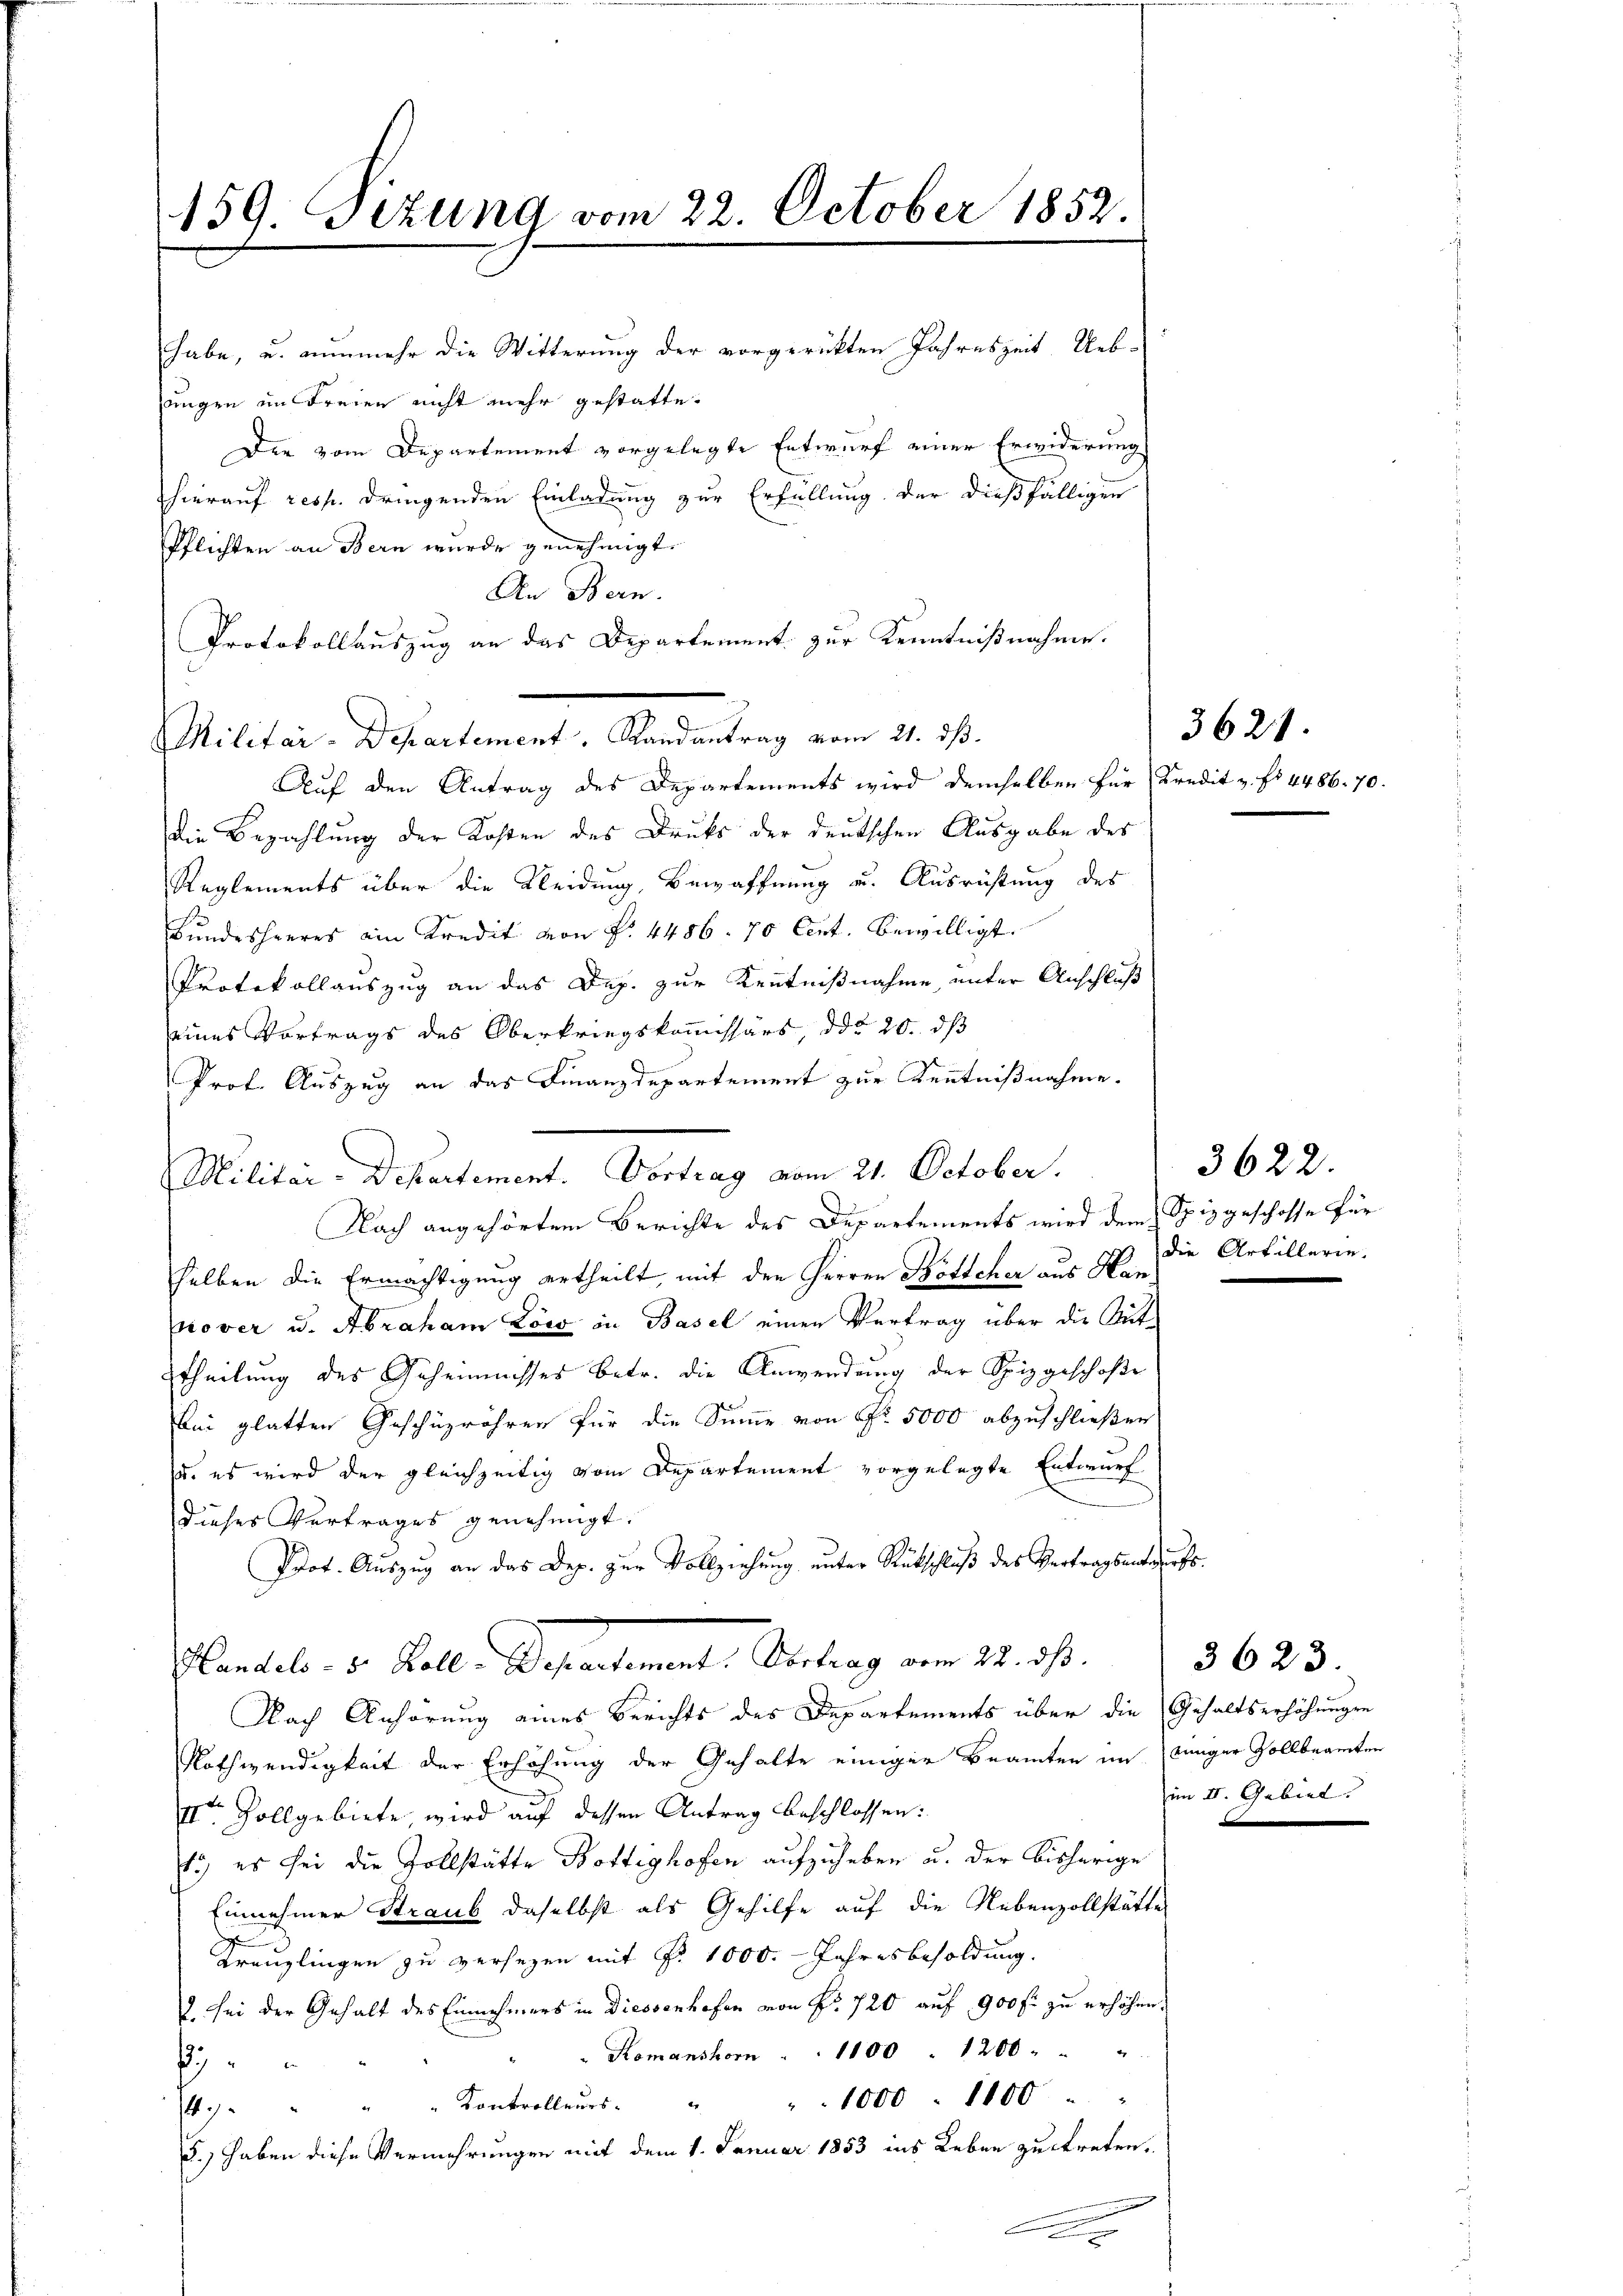
159. Sizung vom 22. October 1852.

habe, u. nunmehr die Witterung der vorgerückten Jahreszeit. Uebungen im Freien nicht mehr gestatte.
Der vom Departement vorgelegte Entwurf einer Erwiderung
hierauf resp. dringenden Einladung zur Erfüllung der dießfälligen
Pflichten an Bern wurde genehmigt.
An Bern.
Protokollauszug an das Departement zur Kenntnißnahme.

Militar-Departement, Randantrag vom 21. ds.

Auf den Antrag des Departements wird demselben für Kredit u. fr. 4486. 70.
die Bezahlung der Kosten des Drucks der deutschen Ausgabe des
Reglements über die Kleidung, Bewaffnung u. Ausrichtung des
Bundesheeres ein Kredit von P. 4486. 70 Cent. bewilligt
Protokollauszug an das Dep. zur Kenntnißnahme, unter Anschluß
eines Vortrags des Oberkriegskommissärs, ddo 20. ds
Prof. Auszug an das Finanzdepartement zur Kenntnißnahme.
Nach angehörtem Berichte des Departements wird dem Spizgeschosse für
selben die Ermächtigung ertheilt, mit den Herren Böttcher aus Hannover u. Abraham Löw in Basel einen Vertrag über die Gut¬
Etheilung des Geheimisses betr. die Anwendung der Spizgeschoße
bei glatten Geschüzrähren für die Summe von Fr. 5000 abzuschließen
u. es wird der gleichzeitig vom Departement vorgelegte Entwurf
dieses Vertrages genehmigt.
Prot. Auszug an das Dep. zur Vollziehung unter Rückschluß des Vertragsentwurfs.
Plantel - 3. Kolle Departement, Vertrag vom 22. ds.
Nach Anhörung eines Berichts des Departements über die Gehaltserhöhungen
Nothwendigkeit der Erhöhung der Gehalte einiger Beamten im einger Zollbeamten
IIten Vollgebiete wird auf dessen Antrag beschlossen:
1.) es sei die Zollstätte Bottighofen aufzuheben u. der bisherige
Einnehmer Straub daselbst als Gehilfe auf die Nebenzollstätte
Kreuzlingen zu versezen mit No. 1000. Jahresbesoldung.
J. sei der Gehalt des Einnehmers in Diessenhofen von Nr 720 auf 900 fr zu erhöhen.
Komanshorn . . 1100 " 1200 . " "
7
447. " " " Kontrolleurs. " " 1000 : 1100 " "
3.) haben diese Vermehrungen mit dem 1. Januar 1853 ins Leben zu treten.
.

Militär-Departement. Vortrag vom 21. October.

3621.

3622.
die Artillerin.

3623.
im II. Gebiel.